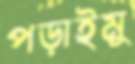
পড়াইমু